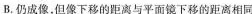
B.仍成像，但像下移的距离与平面镜下移的距离相同